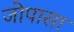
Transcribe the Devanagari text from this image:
जोपासा